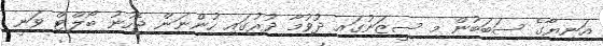
އަނިޔާގެ ސަބަބުން މި ސީޒަނުގައި ދުވުމާ ދުރުގައި ހުންނަން ޖެހުނު ބޯލްޓް ވަނީ